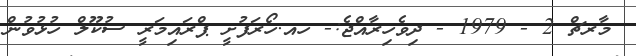
މާރޗް 2 - 1979 - ދިވެހިރާއްޖެ:- ހއ.ހޯރަފުށީ ޕްރައިމަރީ ސުކޫލް ހުޅުވުން